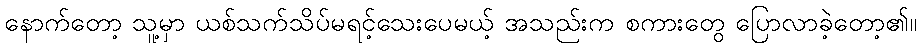
နောက်တော့ သူ့မှာ ယစ်သက်သိပ်မရင့်သေးပေမယ့် အသည်းက စကားတွေ ပြောလာခဲ့တော့၏။